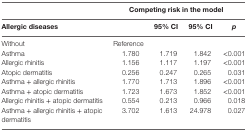
<table><thead><tr><td></td><td colspan="4"><b>Competing risk in the model</b></td></tr><tr><td><b>Allergic diseases</b></td><td></td><td><b>95% CI</b></td><td><b>95% CI</b></td><td><b><i>p</i></b></td></tr></thead><tbody><tr><td>Without</td><td>Reference</td><td></td><td></td><td></td></tr><tr><td>Asthma</td><td>1.780</td><td>1.719</td><td>1.842</td><td>&lt;0.001</td></tr><tr><td>Allergic rhinitis</td><td>1.156</td><td>1.117</td><td>1.197</td><td>&lt;0.001</td></tr><tr><td>Atopic dermatitis</td><td>0.256</td><td>0.247</td><td>0.265</td><td>0.031</td></tr><tr><td>Asthma + allergic rhinitis</td><td>1.770</td><td>1.713</td><td>1.896</td><td>&lt;0.001</td></tr><tr><td>Asthma + atopic dermatitis</td><td>1.723</td><td>1.673</td><td>1.852</td><td>&lt;0.001</td></tr><tr><td>Allergic rhinitis + atopic dermatitis</td><td>0.554</td><td>0.213</td><td>0.966</td><td>0.018</td></tr><tr><td>Asthma + allergic rhinitis + atopic dermatitis</td><td>3.702</td><td>1.613</td><td>24.978</td><td>0.027</td></tr></tbody></table>